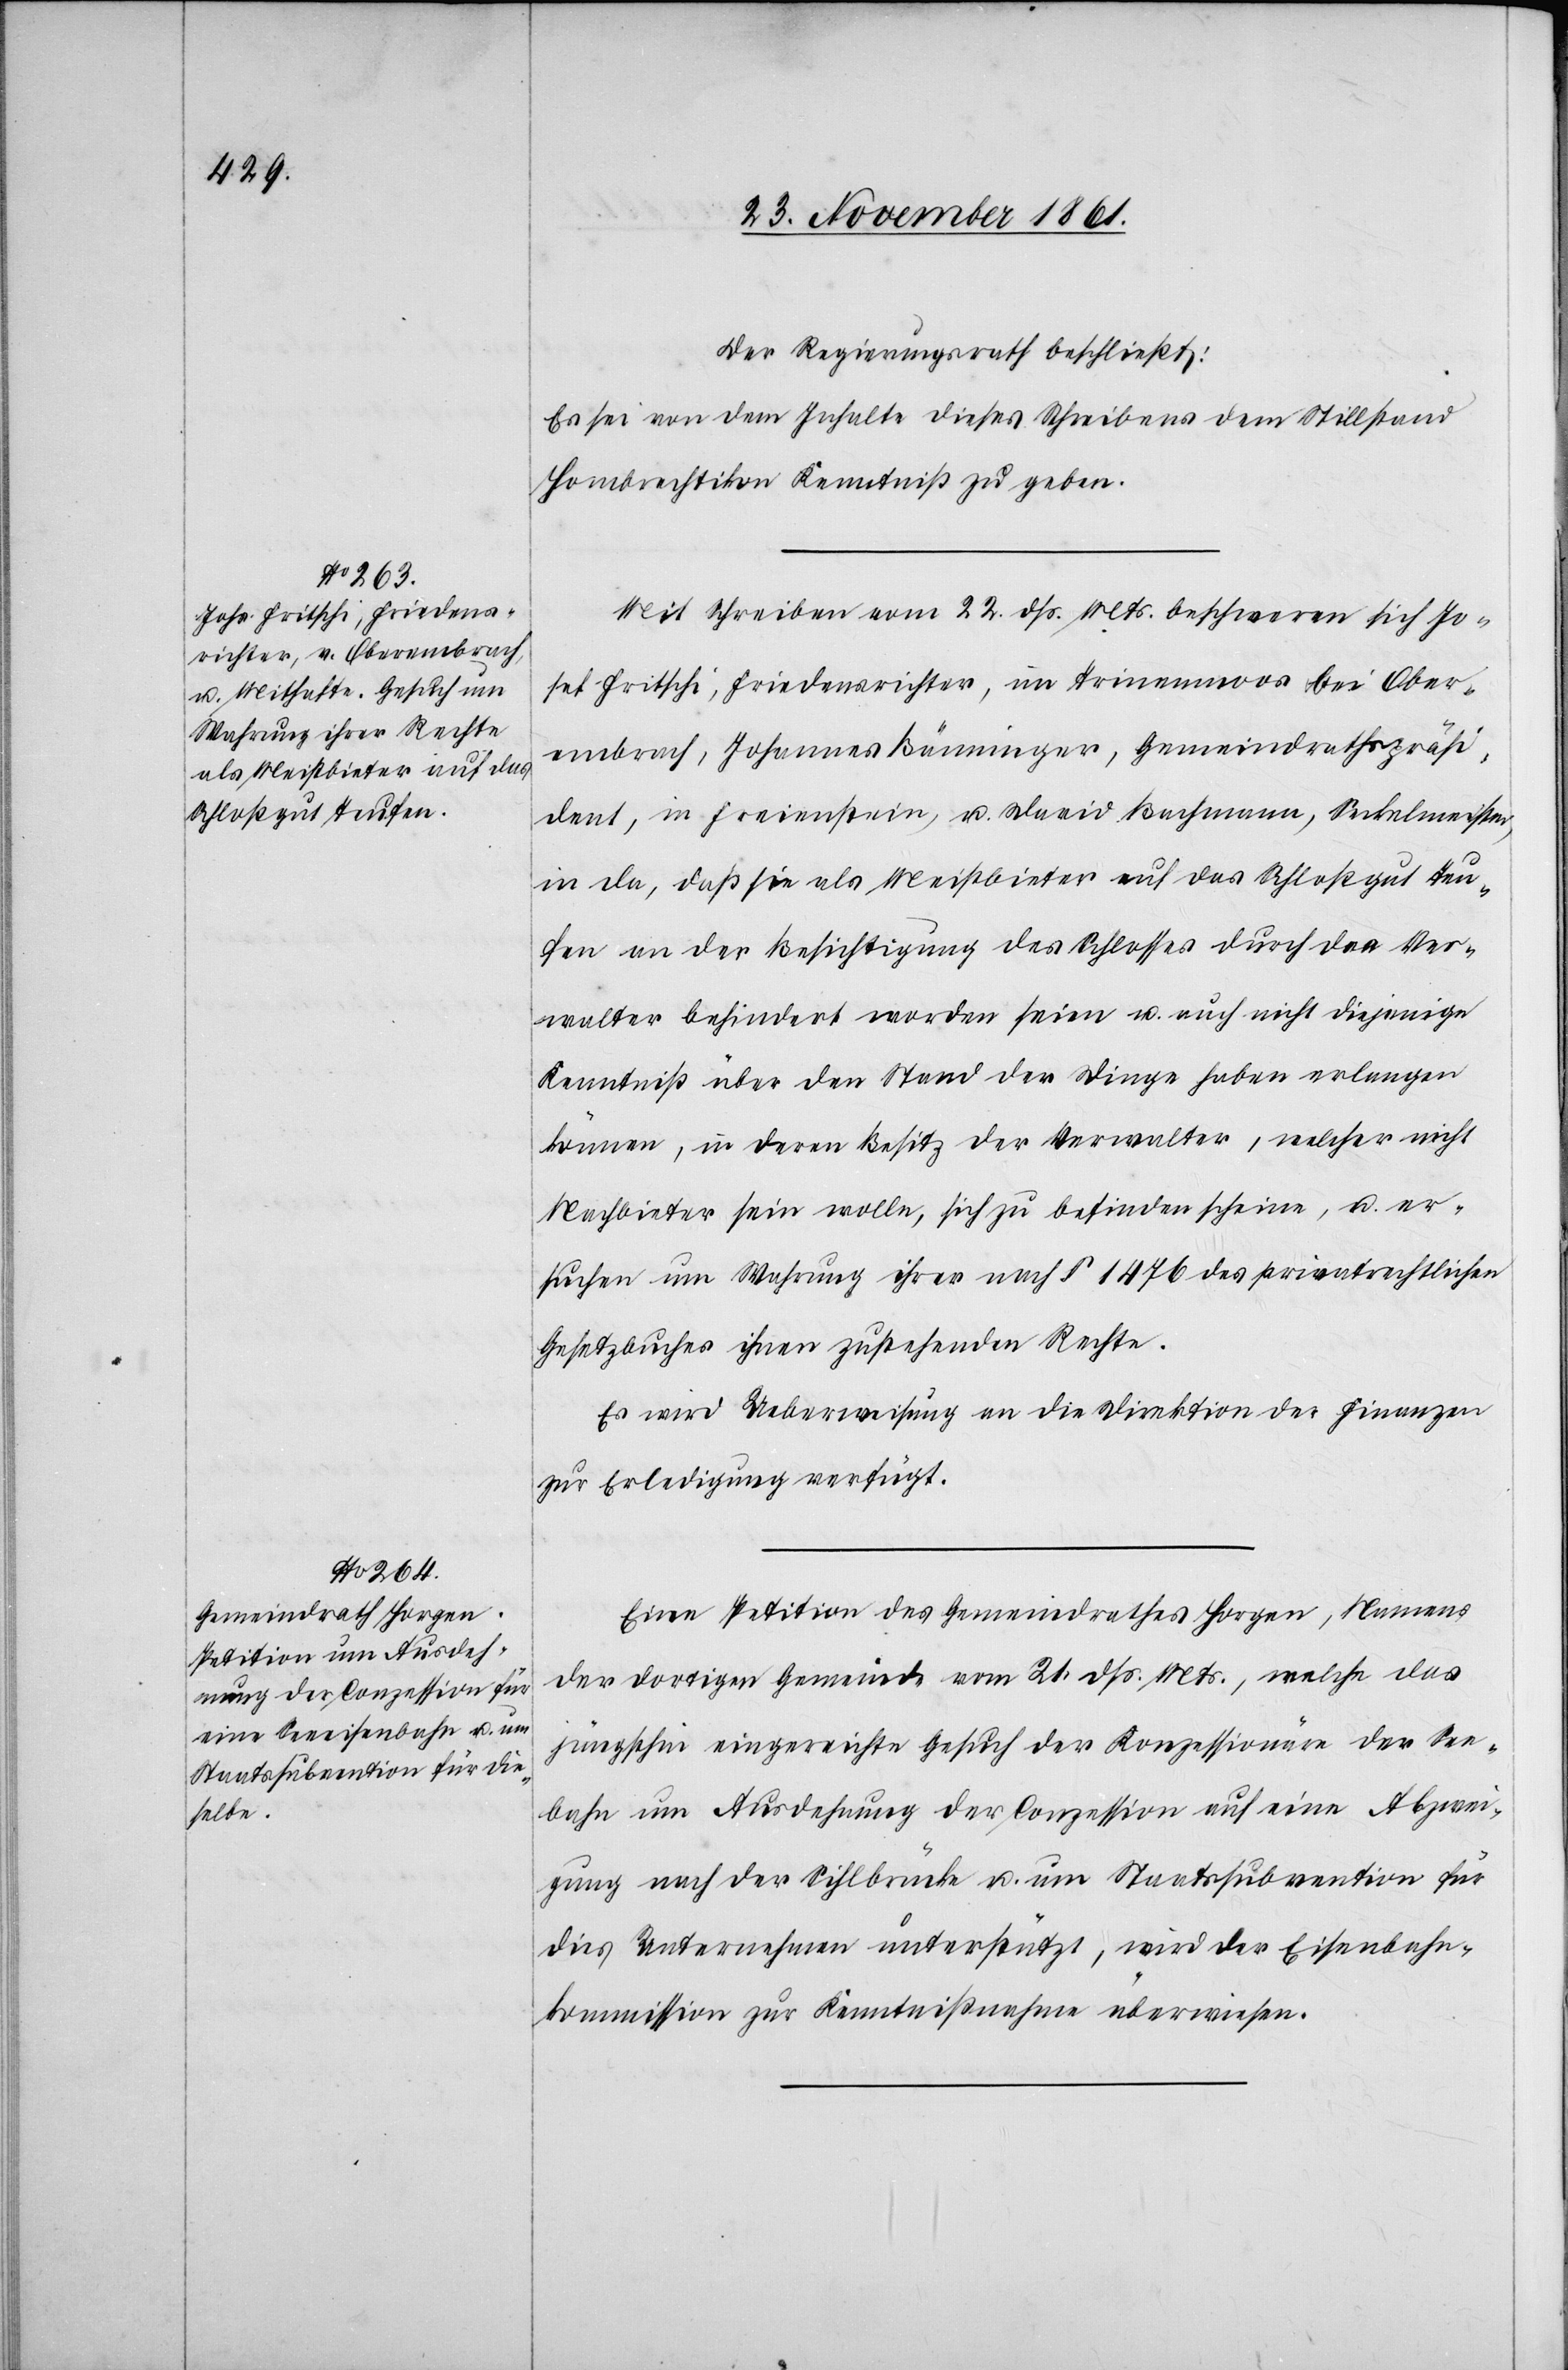
Der Regierungsrath beschließt:
Es sei von dem Inhalte dieses Schreibens dem Stillstand
Hombrechtikon Kenntniß zu geben.
Mit Schreiben vom 22 dß. Mts. beschweren sich Jo¬
sef Fritschi, Friedensrichter, im Trinenmoos bei Ober¬
embrach, Johannes Bänninger, Gemeindrathspräsi¬
dent, in Freienstein, u. David Bachmann, Seckelmeister,
in da, daß sie als Meistbieter auf das Schloßgut Teu¬
fen an der Besichtigung des Schlosses durch den Ver¬
walter behindert worden seien u. auch nicht diejenige
Kenntniß über den Stand der Dinge haben erlangen
können, in deren Besitz der Verwalter, welcher nicht
Nachbieter sein wolle, sich zu befinden scheine, u. er¬
suchen um Wahrung ihrer nach § 1476 des privatrechtlichen
Gesetzbuches ihnen zustehenden Rechte.
Es wird Ueberweisung an die Direktion der Finanzen
zur Erledigung verfügt.
Eine Petition des Gemeindrathes Horgen, Namens
der dortigen Gemeinde vom 21 dß. Mts., welche das
jüngsthin eingereichte Gesuch der Konzessionäre der See¬
bahn um Ausdehnung der Conzession auf eine Abzwei¬
gung nach der Sihlbrücke u. um Staatssubvention für
[sic!] Unternehmen unterstützt, wird der Eisenbahn¬
kommission zur Kenntnißnahme überwiesen.